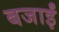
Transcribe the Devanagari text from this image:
बजाईं